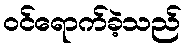
ဝင်ရောက်ခဲ့သည်